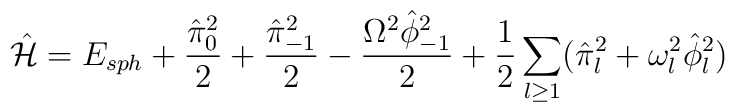
\hat{\cal H}=E_{sph}+{\hat\pi^2_0\over 2}+{\hat\pi^2_{-1}\over2}-{\Omega^2\hat\phi^2_{-1}\over 2}+ {1\over 2}\sum_{l\ge 1}(\hat \pi^2_l+\omega^2_l \hat\phi^2_l)